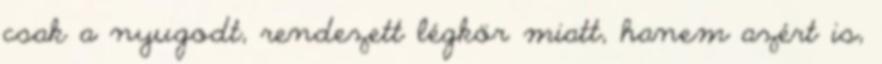
csak a nyugodt, rendezett légkör miatt, hanem azért is,